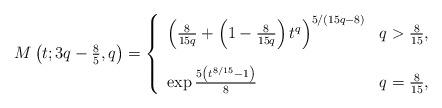
LaTeX: \begin{align*}M\left( t;3q-\tfrac{8}{5},q\right) =\left\{ \begin{array}{ll}\bigskip \left( \frac{8}{15q}+\left( 1-\frac{8}{15q}\right) t^{q}\right)^{5/\left( 15q-8\right) } & q>\tfrac{8}{15}, \\ \exp \frac{5\left( t^{8/15}-1\right) }{8} & q=\tfrac{8}{15},\end{array}\right. \end{align*}